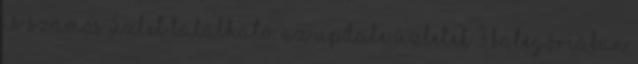
is számos üzlet található. Az update üzletek 3 kategóriában